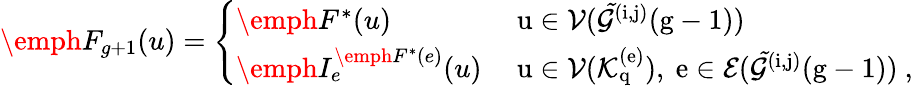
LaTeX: \emph{F}_{g+1}(u)=\left\{ \begin{array}{ll}{\emph{F}^{*}(u)}&{\mathrm{~u\in\mathcal{V}(\mathcal{\tilde{G}}^{(i,j)}(g-1))~}}\\ {\emph{I}_{e}^{\emph{F}^{*}(e)}(u)}&{\mathrm{~u\in\mathcal{V}(\mathcal{K}_q^{(e)}),~e\in\mathcal{E}(\mathcal{\tilde{G}}^{(i,j)}(g-1))~},}\end{array}\right.